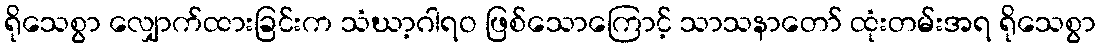
ရိုသေစွာ လျှောက်ထားခြင်းက သံဃာ့ဂါရဝ ဖြစ်သောကြောင့် သာသနာတော် ထုံးတမ်းအရ ရိုသေစွာ